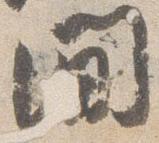
間